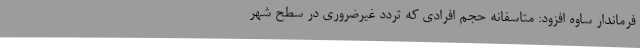
فرماندار ساوه افزود: متاسفانه حجم افرادی که تردد غیرضروری در سطح شهر